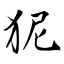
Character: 狔